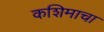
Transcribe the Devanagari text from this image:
कशिमाचा